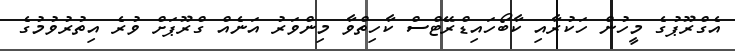
އެގްރޫޕުގެ މީހުން ހަކުރާއި ކާބޯހައިޑްރޭޓްސް ކާހިތްވާ މިންވަރު އަނެއް ގްރޫޕަށް ވުރެ އިތުރުވުމުގެ